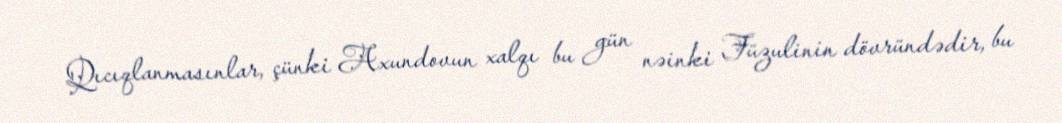
Qıcıqlanmasınlar, çünki Axundovun xalqı bu gün nəinki Füzulinin dövründədir, bu